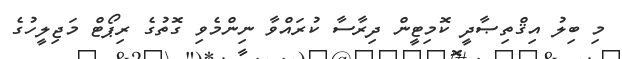
މި ބިލު އިޤްތިޞާދީ ކޮމިޓީން ދިރާސާ ކުރައްވާ ނިންމެވި ގޮތުގެ ރިޕޯޓް މަޖިލީހުގެ